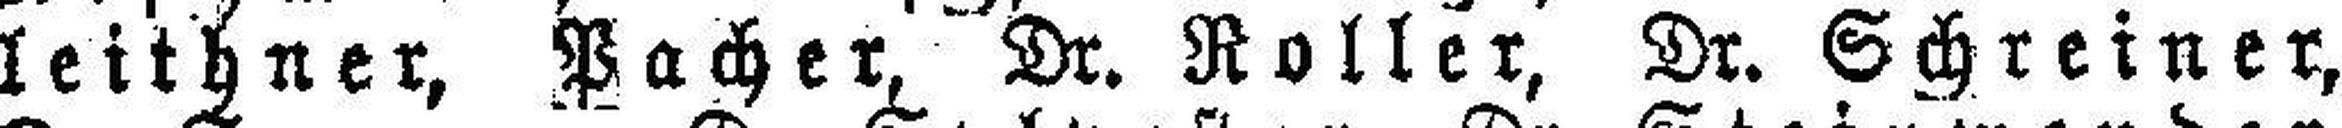
leithner, Pacher, Dr. Roller, Dr. Schreiner,